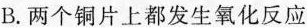
B.两个铜片上都发生氧化反应